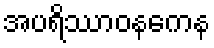
အပရိဿာဝနကေန